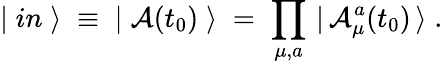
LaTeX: |\; in\; \rangle\; \equiv\; |\; {\cal A}(t_{0})\; \rangle\; =\; \prod_{\mu,a}\, |\, {\cal A}_{\mu}^{a}(t_{0})\, \rangle\; .